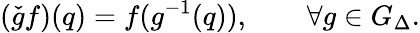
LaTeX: (\check{g}f)(q)=f(g^{-1}(q)),\qquad\forall g\in G_{\Delta}.